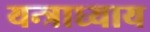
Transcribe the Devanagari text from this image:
यन्त्राध्याय